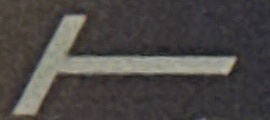
T